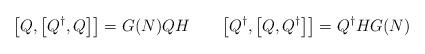
LaTeX: \begin{align*}\bigl[Q, \bigl[Q^{\dagger},Q\bigr] \bigr] = G(N) Q H \qquad \bigl[Q^{\dagger}, \bigl[Q,Q^{\dagger}\bigr] \bigr] = Q^{\dagger} H G(N) \end{align*}